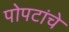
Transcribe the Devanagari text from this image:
पोपटांचे